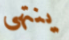
ينتهى